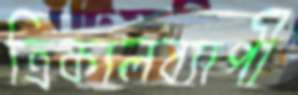
ত্রিকালব্যাপী